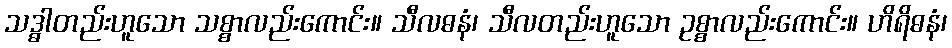
သဒ္ဓါတည်းဟူသော သစ္စာလည်းကောင်း။ သီလဓနံ၊ သီလတည်းဟူသော ဥစ္စာလည်းကောင်း။ ဟိရိဓနံ၊